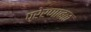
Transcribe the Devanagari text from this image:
प्रेरणाबळ